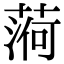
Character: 𦶒